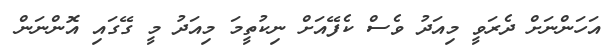
އަހަންނަށް ދެރަވީ މިއަދު ވެސް ކެފޭއަށް ނިކުތީމަ މިއަދު މީ ގޭގައި އޮންނަން